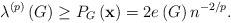
LaTeX: \begin{align*}\lambda^{\left( p\right) }\left( G\right) \geq P_{G}\left( \mathbf{x}\right) =2e\left( G\right) n^{-2/p}.\end{align*}